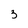
Character: 3